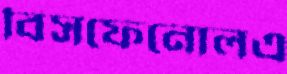
বিসফেনোলএ